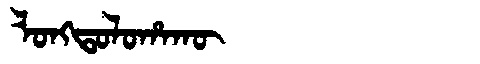
Manchu: ᠯᠣᠩᡨᠣᠯᠣᡥᠠᡴᡡ
Romanization: LONGTOLOHAKŪ